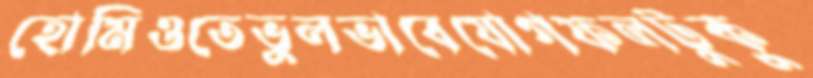
হোমিওতেভুলভাবেযোগফলটুকু